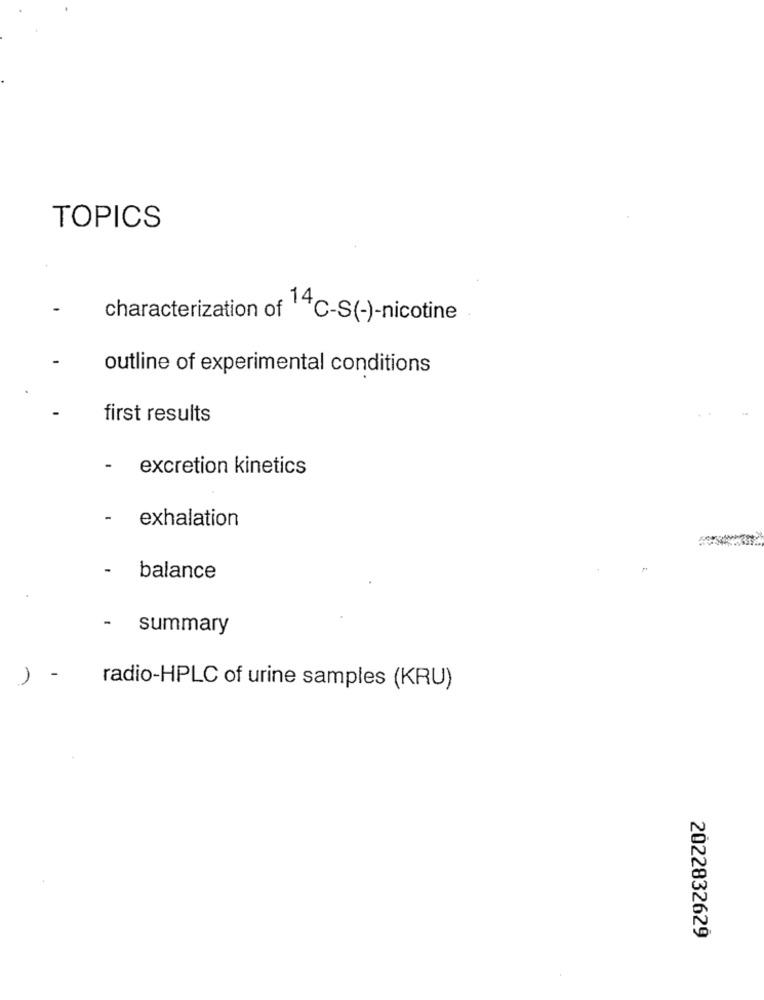
TOPICS
characterization of 14C-S(-)-nicotine
outline of experimental conditions
first results
-
excretion kinetics
- exhalation
- balance
-
summary
radio-HPLC of urine samples (KRU)
2022832629